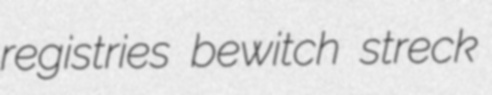
registries bewitch streck